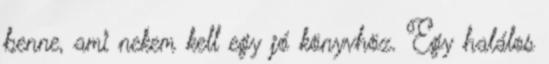
benne, ami nekem kell egy jó könyvhöz. Egy halálos